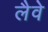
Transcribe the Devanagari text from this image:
लैवे